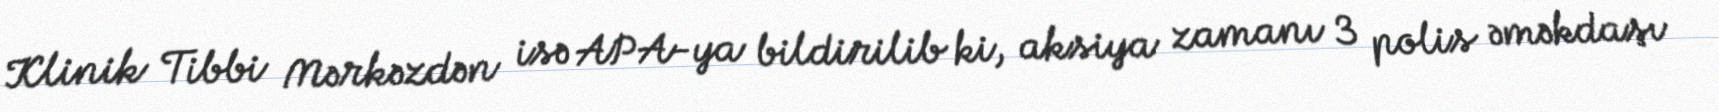
Klinik Tibbi Mərkəzdən isə APA-ya bildirilib ki, aksiya zamanı 3 polis əməkdaşı